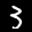
Label: 3